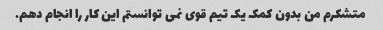
متشکرم من بدون کمک یک تیم قوی نمی توانستم این کار را انجام دهم.